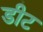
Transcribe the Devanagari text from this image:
डीट